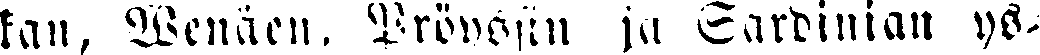
kan, Wenäen, Pröyssin ja Sardinian ys-